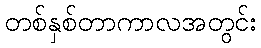
တစ်နှစ်တာကာလအတွင်း